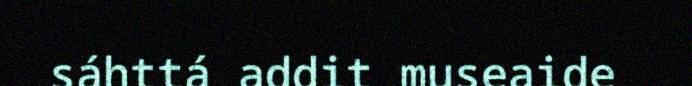
sáhttá addit museaide